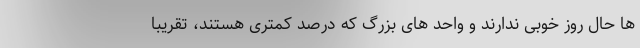
ها حال روز خوبی ندارند و واحد های بزرگ که درصد کمتری هستند، تقریبا